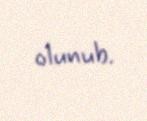
olunub.